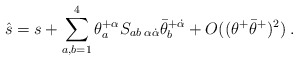
\begin{align*} \hat s = s + \sum^4_{a,b=1}\theta^{+\alpha}_aS_{ab\;\alpha\dot\alpha}\bar\theta^{+\dot\alpha}_b + O((\theta^+\bar\theta^+)^2)\;.\end{align*}